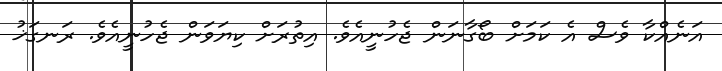
އަނެއްކާ ވެސް އެ ކަމަށް ބޯގާނަން ޖެހުނީއެވެ. އިތުރަށް ކިޔަވަން ޖެހުނީއެވެ. ރަނގަޚު